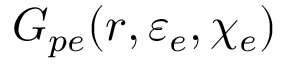
G _ { p e } ( r , \varepsilon _ { e } , \chi _ { e } )